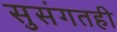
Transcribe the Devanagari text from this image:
सुसंगतही